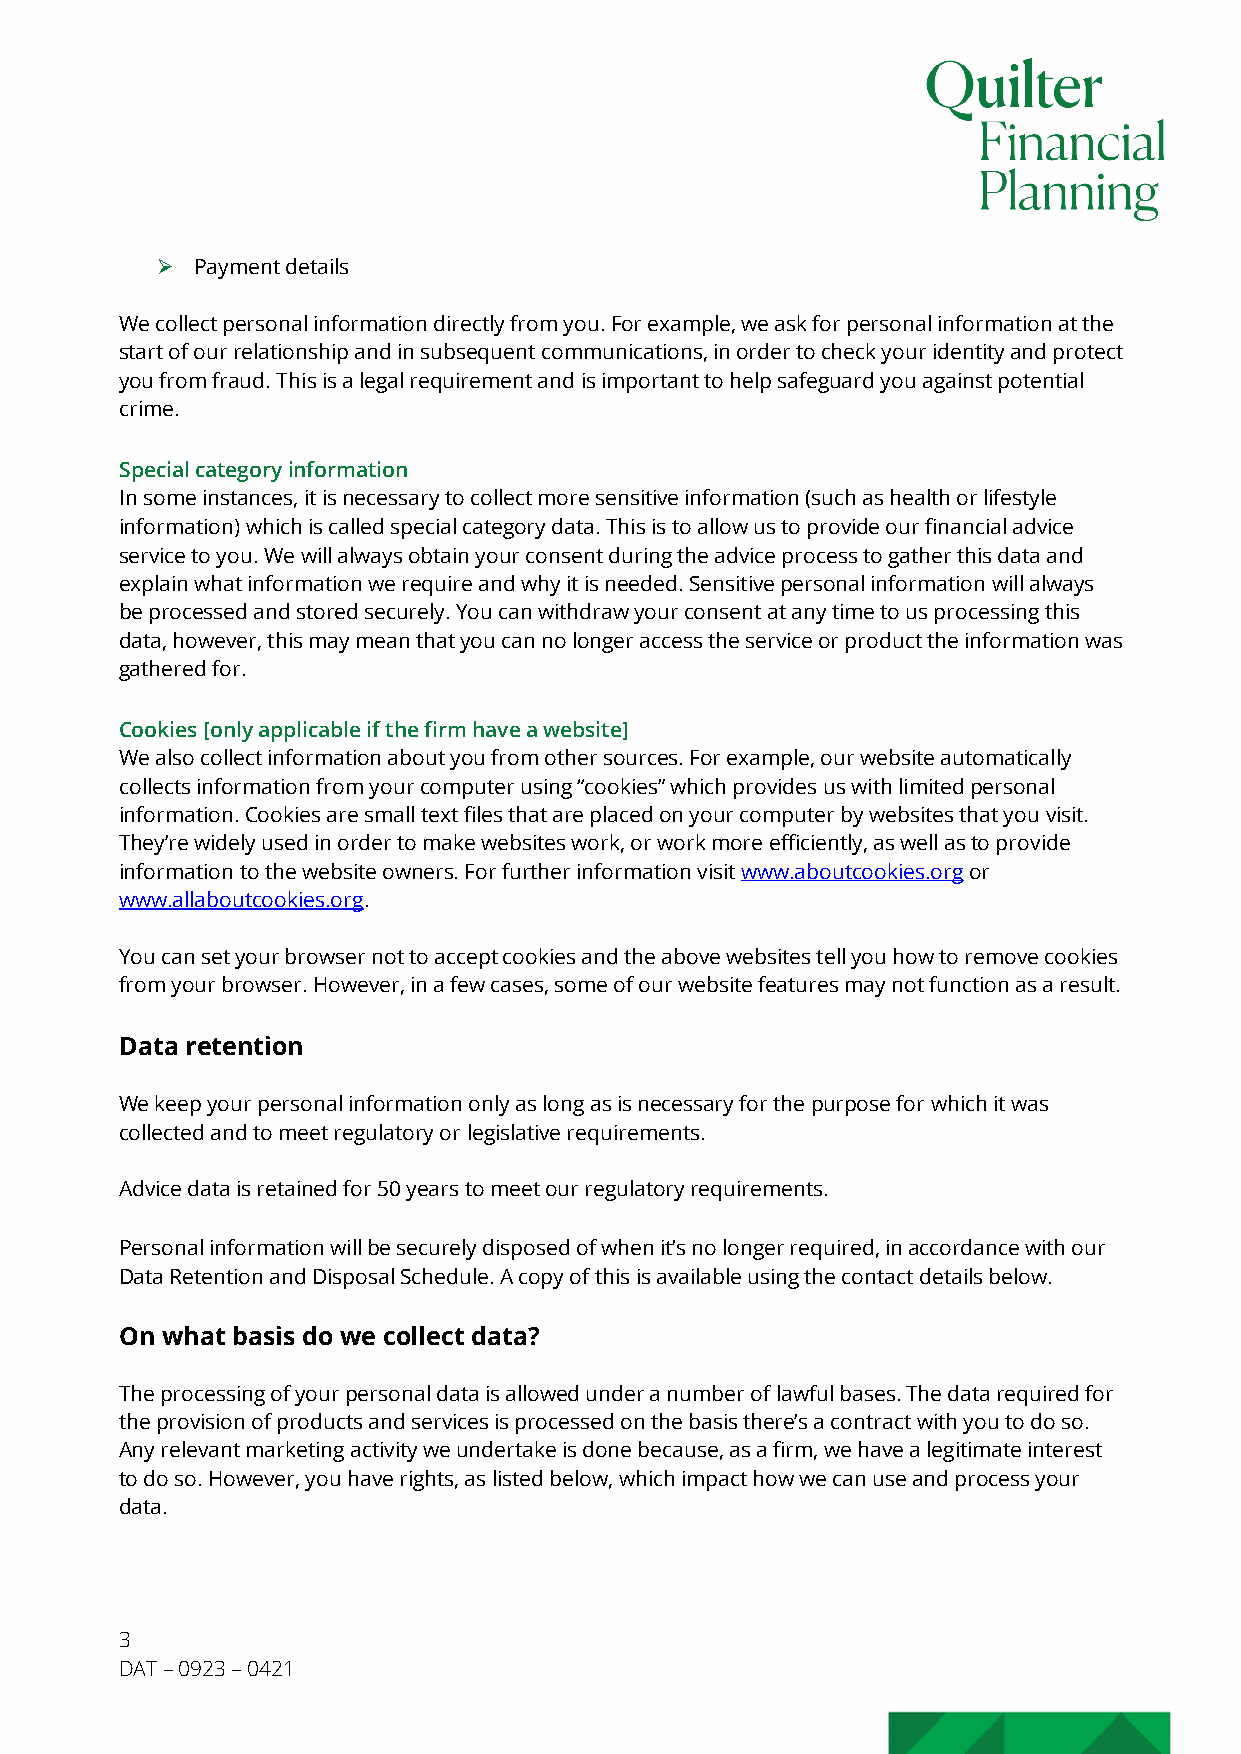
Ø  Payment details
 We collect personal information directly from you. For example, we ask for personal information at the
 start of our relationship and in subsequent communications, in order to check your identity and protect
 you from fraud. This is a legal requirement and is important to help safeguard you against potential
 crime.
 Special category information
 In some instances, it is necessary to collect more sensitive information (such as health or lifestyle
 information) which is called special category data. This is to allow us to provide our financial advice
 service to you. We will always obtain your consent during the advice process to gather this data and
 explain what information we require and why it is needed. Sensitive personal information will always
 be processed and stored securely. You can withdraw your consent at any time to us processing this
 data, however, this may mean that you can no longer access the service or product the information was
 gathered for.
 Cookies [only applicable if the firm have a website]
 We also collect information about you from other sources. For example, our website automatically
 collects information from your computer using “cookies” which provides us with limited personal
 information. Cookies are small text files that are placed on your computer by websites that you visit.
 They’re widely used in order to make websites work, or work more efficiently, as well as to provide
 information to the website owners. For further information visit www.aboutcookies.org or
 www.allaboutcookies.org.
 You can set your browser not to accept cookies and the above websites tell you how to remove cookies
 from your browser. However, in a few cases, some of our website features may not function as a result.
 Data retention
 We keep your personal information only as long as is necessary for the purpose for which it was
 collected and to meet regulatory or legislative requirements.
 Advice data is retained for 50 years to meet our regulatory requirements.
 Personal information will be securely disposed of when it’s no longer required, in accordance with our
 Data Retention and Disposal Schedule. A copy of this is available using the contact details below.
 On what basis do we collect data?
 The processing of your personal data is allowed under a number of lawful bases. The data required for
 the provision of products and services is processed on the basis there’s a contract with you to do so.
 Any relevant marketing activity we undertake is done because, as a firm, we have a legitimate interest
 to do so. However, you have rights, as listed below, which impact how we can use and process your
 data.
 3
 DAT – 0923 – 0421